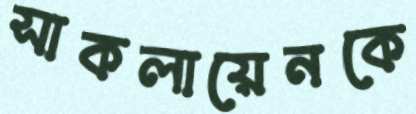
সাকলায়েনকে